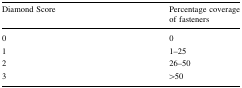
<table><thead><tr><td><b>Diamond Score</b></td><td><b>Percentage coverage of fasteners</b></td></tr></thead><tbody><tr><td>0</td><td>0</td></tr><tr><td>1</td><td>1–25</td></tr><tr><td>2</td><td>26–50</td></tr><tr><td>3</td><td>&gt;50</td></tr></tbody></table>